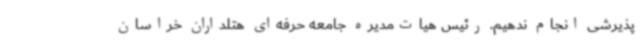
پذیرشی انجام ندهیم. رئیس هیات‌مدیره جامعه حرفه‌ای هتلداران خراسان